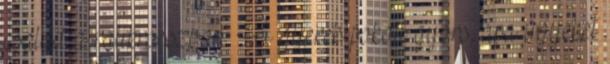
család a ralikrosszban: A gyerek pokoli gyors, apa ügyeket